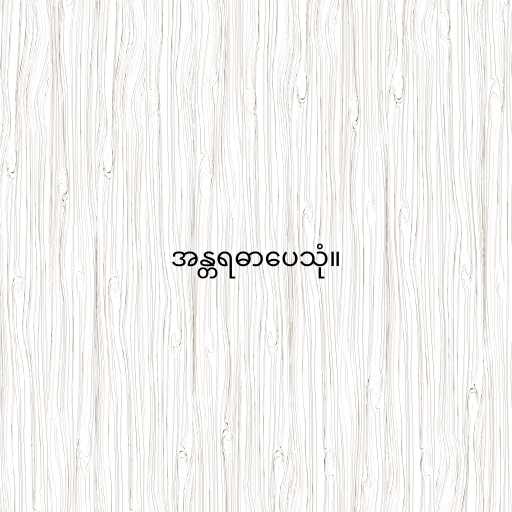
အန္တရဓာပေသုံ။